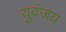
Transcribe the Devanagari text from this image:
युवंजय